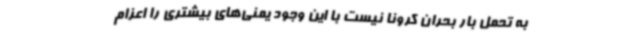
به تحمل بار بحران کرونا نیست با این وجود یمنی‌های بیشتری را اعزام